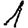
Digit: 1